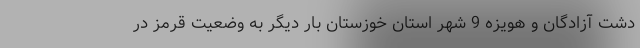
دشت آزادگان و هویزه 9 شهر استان خوزستان بار دیگر به وضعیت قرمز در